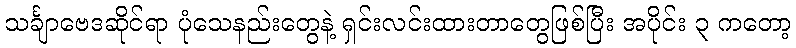
သင်္ချာဗေဒဆိုင်ရာ ပုံသေနည်းတွေနဲ့ ရှင်းလင်းထားတာတွေဖြစ်ပြီး အပိုင်း ၃ ကတော့